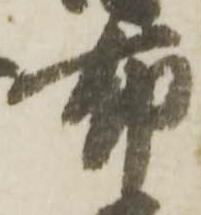
布